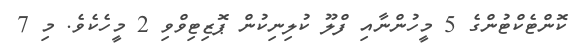
ކޮންޓެކްޓުންގެ 5 މީހުންނާއި ފްލޫ ކުލިނިކުން ޕޮޒިޓިވްވި 2 މީހެކެވެ. މި 7